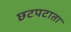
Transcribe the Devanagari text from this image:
छटपटाता